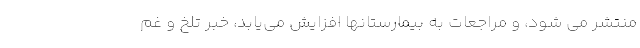
منتشر می شود، و مراجعات به بیمارستانها افزایش می‌یابد، خبر تلخ و غم